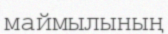
маймылының